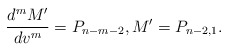
\begin{align*} \frac{d^mM'}{dv^m}=P_{n-m-2},M'=P_{n-2,1}.\end{align*}